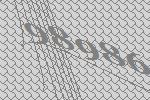
98986